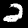
Label: 2